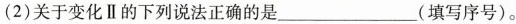
(2)关于变化Ⅱ的下列说法正确的是___(填写序号)。